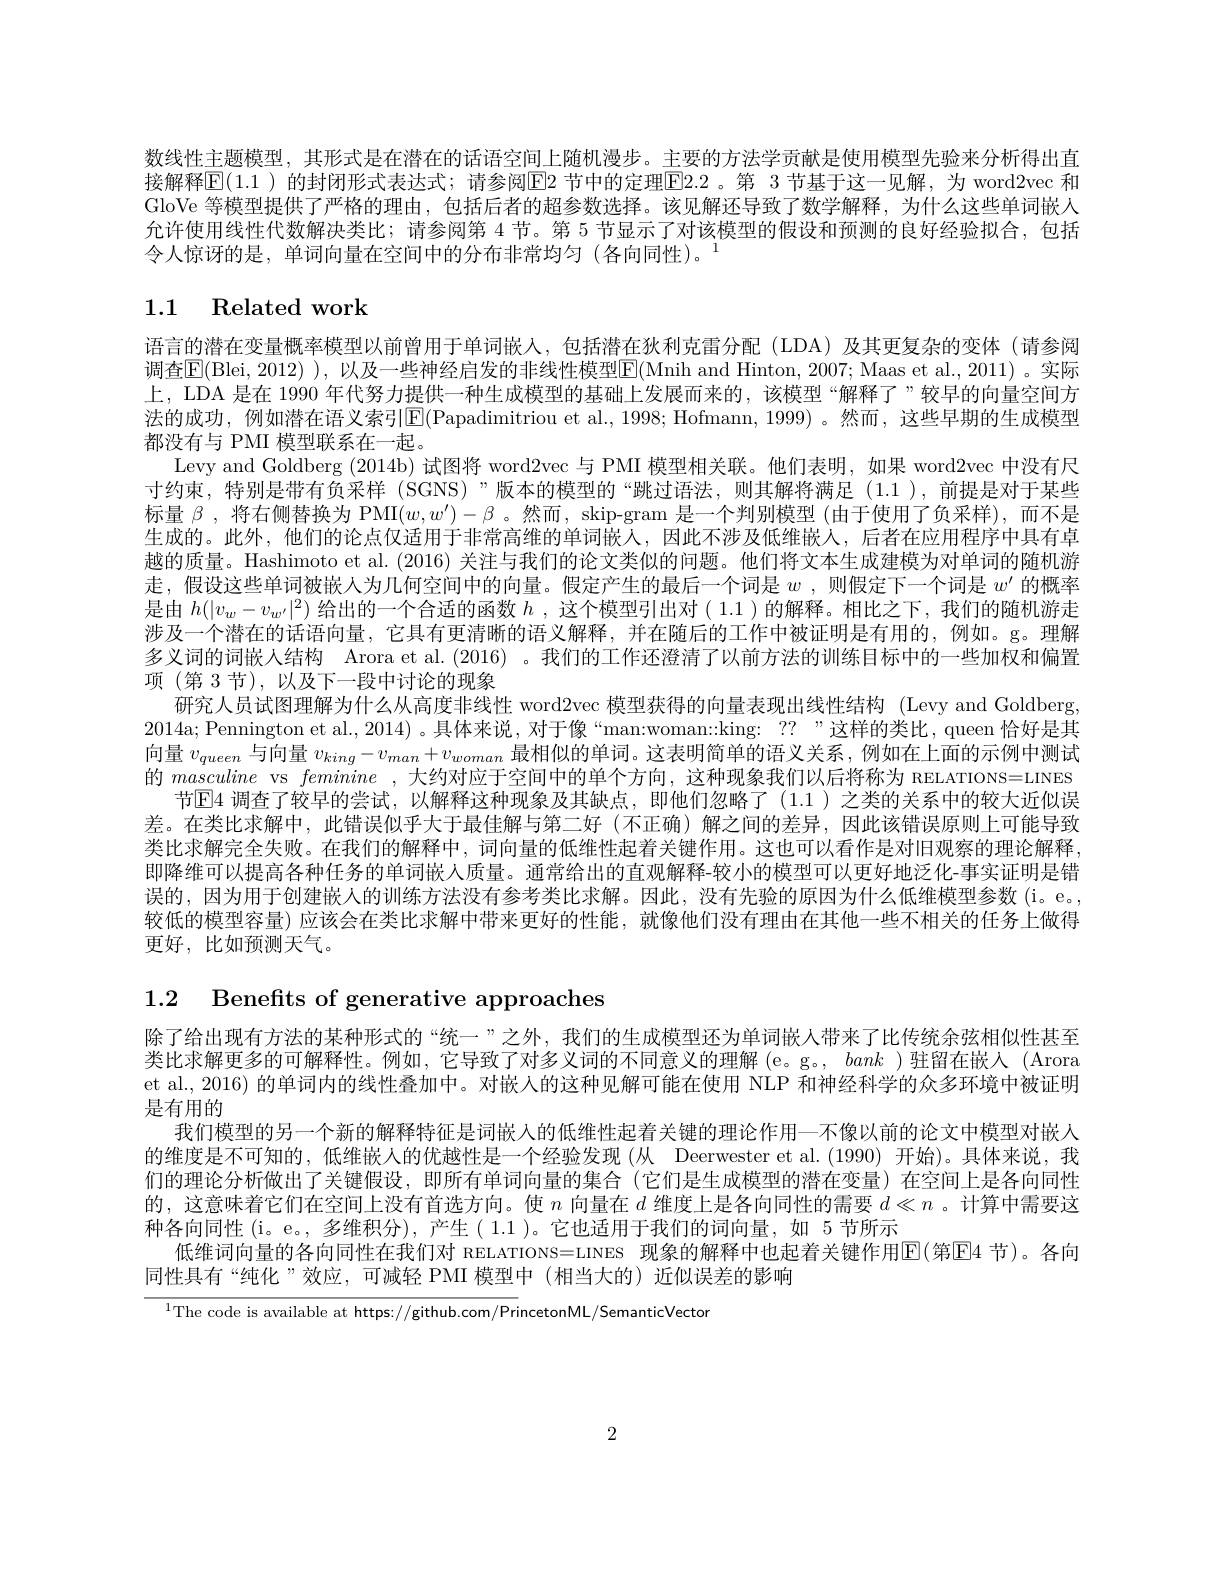
数线性主题模型，其形式是在潜在的话语空间上随机漫步。主要的方法学贡献是使用模型先验来分析得出直接解释$\mathbb{E}(1.1$ )的封闭形式表达式；请参阅$\mathbb{E}$2 节中的定理$\boxed{\mathrm{E}}2.2$ 。第 3 节基于这一见解，为 word2vec 和GloVe 等模型提供了严格的理由，包括后者的超参数选择。该见解还导致了数学解释，为什么这些单词嵌人允许使用线性代数解决类比；请参阅第 4 节。第 5 节显示了对该模型的假设和预测的良好经验拟合，包括令人惊讶的是，单词向量在空间中的分布非常均匀(各向同性)。1

# 1.1 Related work

语言的潜在变量概率模型以前曾用于单词嵌入，包括潜在狄利克雷分配(LDA)及其更复杂的变体(请参阅调查$\mathsf{E}($Blei, 2012) ), 以及一些神经启发的非线性模型$\mathsf{E}($Mnih and Hinton, 2007; Maas et al., 2011)。实际上，LDA 是在 1990 年代努力提供一种生成模型的基础上发展而来的，该模型“解释了”较早的向量空间方法的成功，例如潜在语义索引$|\mathbb{E}($Papadimitriou et al., 1998; Hofmann, 1999) 。然而，这些早期的生成模型都没有与 PMI 模型联系在一起。
Levy and Goldberg (2014b)试图将 word2vec 与 PMI 模型相关联。他们表明，如果 word2vec 中没有尺寸约束，特别是带有负采样 (SGNS)”版本的模型的“跳过语法，则其解将满足 (1.1),前提是对于某些标量$\beta$ ,将右侧替换为 PMI$(w,w^\prime)-\beta$ 。然而，skip-gram 是一个判别模型 (由于使用了负采样),而不是生成的。此外，他们的论点仅适用于非常高维的单词嵌人，因此不涉及低维嵌人，后者在应用程序中具有卓越的质量。Hashimoto et al. (2016) 关注与我们的论文类似的问题。他们将文本生成建模为对单词的随机游走，假设这些单词被嵌人为几何空间中的向量。假定产生的最后一个词是$w$ , 则假定下一个词是$w^\prime$的概率是由$h(|v_w-v_{w^{\prime}}|^2)$给出的一个合适的函数$h$,这个模型引出对( 1.1 )的解释。相比之下，我们的随机游走涉及一个潜在的话语向量，它具有更清晰的语义解释，并在随后的工作中被证明是有用的，例如。g。理解多义词的词嵌人结构 Arora et al.(2016) 。我们的工作还澄清了以前方法的训练目标中的一些加权和偏置项(第 3 节), 以及下一段中讨论的现象
研究人员试图理解为什么从高度非线性 word2vec 模型获得的向量表现出线性结构 (Levy and Goldberg, 2014a;Pennington et al.,2014) 。具体来说，对于像“man:woman::king: ??”这样的类比，queen 恰好是其向量$v_{queen}$与向量$v_king-v_{man}+v_{woman}$最相似的单词。这表明简单的语义关系，例如在上面的示例中测试的$ma\underline {s}\underline {c}uline$ vs feminine ,大约对应于空间中的单个方向，这种现象我们以后将称为 RELATIONS=LINES
节$\operatorname{E4}$ 调查了较早的尝试，以解释这种现象及其缺点，即他们忽略了(1.1)之类的关系中的较大近似误差。在类比求解中，此错误似乎大于最佳解与第二好(不正确)解之间的差异，因此该错误原则上可能导致类比求解完全失败。在我们的解释中，词向量的低维性起着关键作用。这也可以看作是对旧观察的理论解释即降维可以提高各种任务的单词嵌人质量。通常给出的直观解释-较小的模型可以更好地泛化-事实证明是错误的，因为用于创建嵌人的训练方法没有参考类比求解。因此，没有先验的原因为什么低维模型参数 (i。e。, 较低的模型容量)应该会在类比求解中带来更好的性能，就像他们没有理由在其他一些不相关的任务上做得更好，比如预测天气。

1.2 Benefits of generative approaches

除了给出现有方法的某种形式的“统一”之外，我们的生成模型还为单词嵌人带来了比传统余弦相似性甚至类比求解更多的可解释性。例如，它导致了对多义词的不同意义的理解 (e。g。, bank )驻留在嵌入 (Arora et al., 2016) 的单词内的线性叠加中。对嵌入的这种见解可能在使用 NLP 和神经科学的众多环境中被证明是有用的
我们模型的另一个新的解释特征是词嵌人的低维性起着关键的理论作用—不像以前的论文中模型对嵌人的维度是不可知的，低维嵌人的优越性是一个经验发现(从 Deerwester et al.(1990) 开始)。具体来说，我们的理论分析做出了关键假设，即所有单词向量的集合(它们是生成模型的潜在变量)在空间上是各向同性的，这意味着它们在空间上没有首选方向。使$n$向量在$d$维度上是各向同性的需要$d\ll n$ 。计算中需要这种各向同性 (i。e。, 多维积分),产生(1.1)。它也适用于我们的词向量，如 5节所示
低维词向量的各向同性在我们对 RELATIONS=LINES 现象的解释中也起着关键作用$\color{red}{\mathrm{E}}($第$\color{blue}{\mathrm{E}}4$ 节)。各向
同性具有“纯化”效应，可减轻 PMI 模型中(相当大的)近似误差的影响

$^{1}$The code is available at https://github.com/PrincetonML/SemanticVector

2